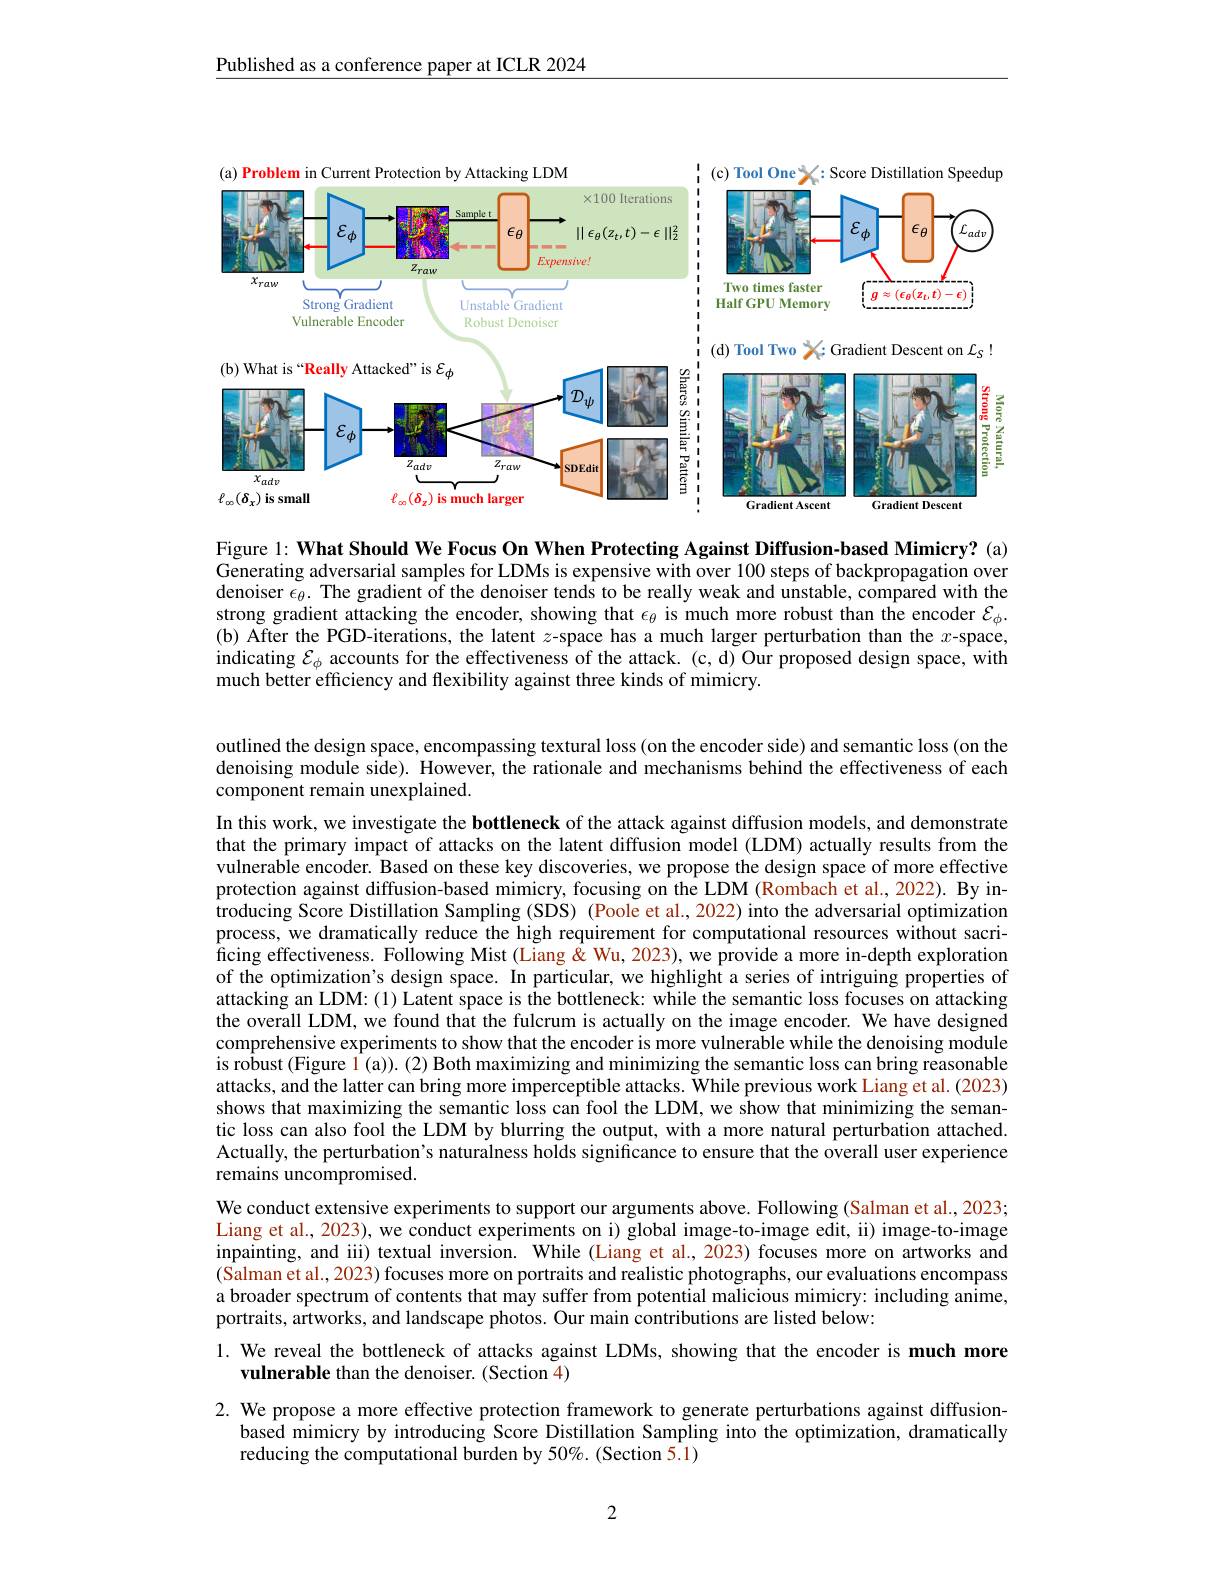
Published as a conference paper at ICLR 2024

<FigureHere>

Figure 1: What Should We Focus On When Protecting Against Diffusion-based Mimicry? (a) Generating adversarial samples for LDMs is expensive with over 100 steps of backpropagation over denoiser $\epsilon_\theta.$ The gradient of the denoiser tends to be really weak and unstable, compared with the strong gradient attacking the encoder, showing that $\epsilon_\theta$ is much more robust than the encoder $\mathcal{E}_\phi.$ (b) After the PGD-iterations, the latent $z$-space has a much larger perturbation than the $x$-space, indicating $\mathcal{E}_\phi$ accounts for the effectiveness of the attack. (c, d) Our proposed design space, with much better efficiency and flexibility against three kinds of mimicry.

outlined the design space, encompassing textural loss (on the encoder side) and semantic loss (on the denoising module side). However, the rationale and mechanisms behind the effectiveness of each component remain unexplained.

In this work, we investigate the bottleneck of the attack against diffusion models, and demonstrate that the primary impact of attacks on the latent diffusion model (LDM) actually results from the vulnerable encoder. Based on these key discoveries, we propose the design space of more effective protection against diffusion-based mimicry, focusing on the LDM (Rombach et al., 2022). By in- $\dot{\text{troducing Score Distillation Sampling(SDS)(Poole et al.,2022)into the adversarial optimization}}$ process, we dramatically reduce the high requirement for computational resources without sacrificing effectiveness. Following Mist (Liang&Wu,2023),we provide a more in-depth exploration of the optimization's design space. In particular, we highlight a series of intriguing properties of attacking an LDM: (1) Latent space is the bottleneck: while the semantic loss focuses on attacking the overall LDM, we found that the fulcrum is actually on the image encoder. We have designed comprehensive experiments to show that the encoder is more vulnerable while the denoising module is robust (Figure $\hat{1}(\mathfrak{a})).$ (2) Both maximizing and minimizing the semantic loss can bring reasonable attacks, and the latter can bring more imperceptible attacks. While previous work Liang et al. (2023) shows that maximizing the semantic loss can fool the LDM, we show that minimizing the semantic loss can also fool the LDM by blurring the output, with a more natural perturbation attached. Actually, the perturbation's naturalness holds significance to ensure that the overall user experience remains uncompromised.

We conduct extensive experiments to support our arguments above. Following (Salman et al., 2023; Liang et al., 2023), we conduct experiments on i) global image-to-image edit, ii) image-to-image inpainting, and iii) textual inversion. While (Liang et al., 2023) focuses more on artworks and (Salman et al., 2023) focuses more on portraits and realistic photographs, our evaluations encompass a broader spectrum of contents that may suffer from potential malicious mimicry: including anime, portraits, artworks, and landscape photos. Our main contributions are listed below:

1. We reveal the bottleneck of attacks against LDMs, showing that the encoder is much more
vulnerable than the denoiser. (Section 4)

2. We propose a more effective protection framework to generate perturbations against diffusion-
based mimicry by introducing Score Distillation Sampling into the optimization, dramatically
reducing the computational burden by 50%. (Section 5.1)

2